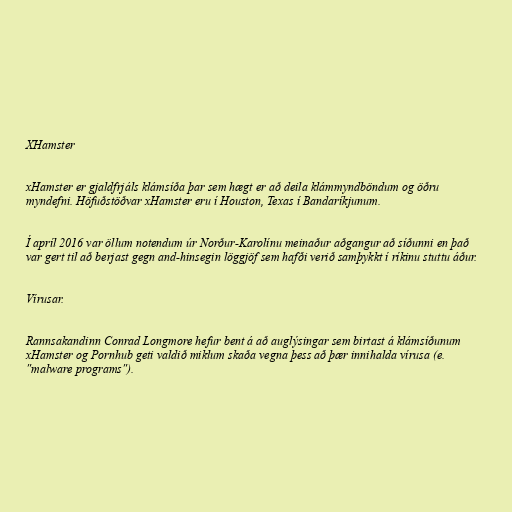
XHamster

xHamster er gjaldfrjáls klámsíða þar sem hægt er að deila klámmyndböndum og öðru
myndefni. Höfuðstöðvar xHamster eru í Houston, Texas í Bandaríkjunum.

Í apríl 2016 var öllum notendum úr Norður-Karolínu meinaður aðgangur að síðunni en það
var gert til að berjast gegn and-hinsegin löggjöf sem hafði verið samþykkt í ríkinu stuttu áður.

Vírusar.

Rannsakandinn Conrad Longmore hefur bent á að auglýsingar sem birtast á klámsíðunum
xHamster og Pornhub geti valdið miklum skaða vegna þess að þær innihalda vírusa (e.
"malware programs").